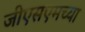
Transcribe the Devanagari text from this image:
जीएसएमच्या